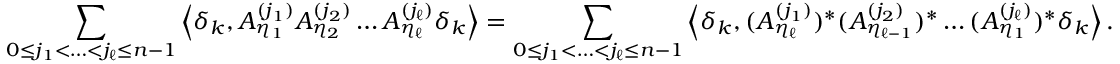
\sum _ { 0 \leq j _ { 1 } < \ldots < j _ { \ell } \leq n - 1 } \left\langle \delta _ { k } , A _ { \eta _ { 1 } } ^ { ( j _ { 1 } ) } A _ { \eta _ { 2 } } ^ { ( j _ { 2 } ) } \ldots A _ { \eta _ { \ell } } ^ { ( j _ { \ell } ) } \delta _ { k } \right\rangle = \sum _ { 0 \leq j _ { 1 } < \ldots < j _ { \ell } \leq n - 1 } \left\langle \delta _ { k } , ( A _ { \eta _ { \ell } } ^ { ( j _ { 1 } ) } ) ^ { * } ( A _ { \eta _ { \ell - 1 } } ^ { ( j _ { 2 } ) } ) ^ { * } \ldots ( A _ { \eta _ { 1 } } ^ { ( j _ { \ell } ) } ) ^ { * } \delta _ { k } \right\rangle .